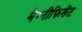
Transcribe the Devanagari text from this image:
मैग्नीफ़िसेंट